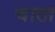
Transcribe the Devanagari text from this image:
चाठा